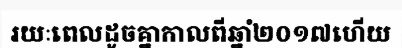
រយៈពេលដូចគ្នាកាលពីឆ្នាំ២០១៧ហើយ